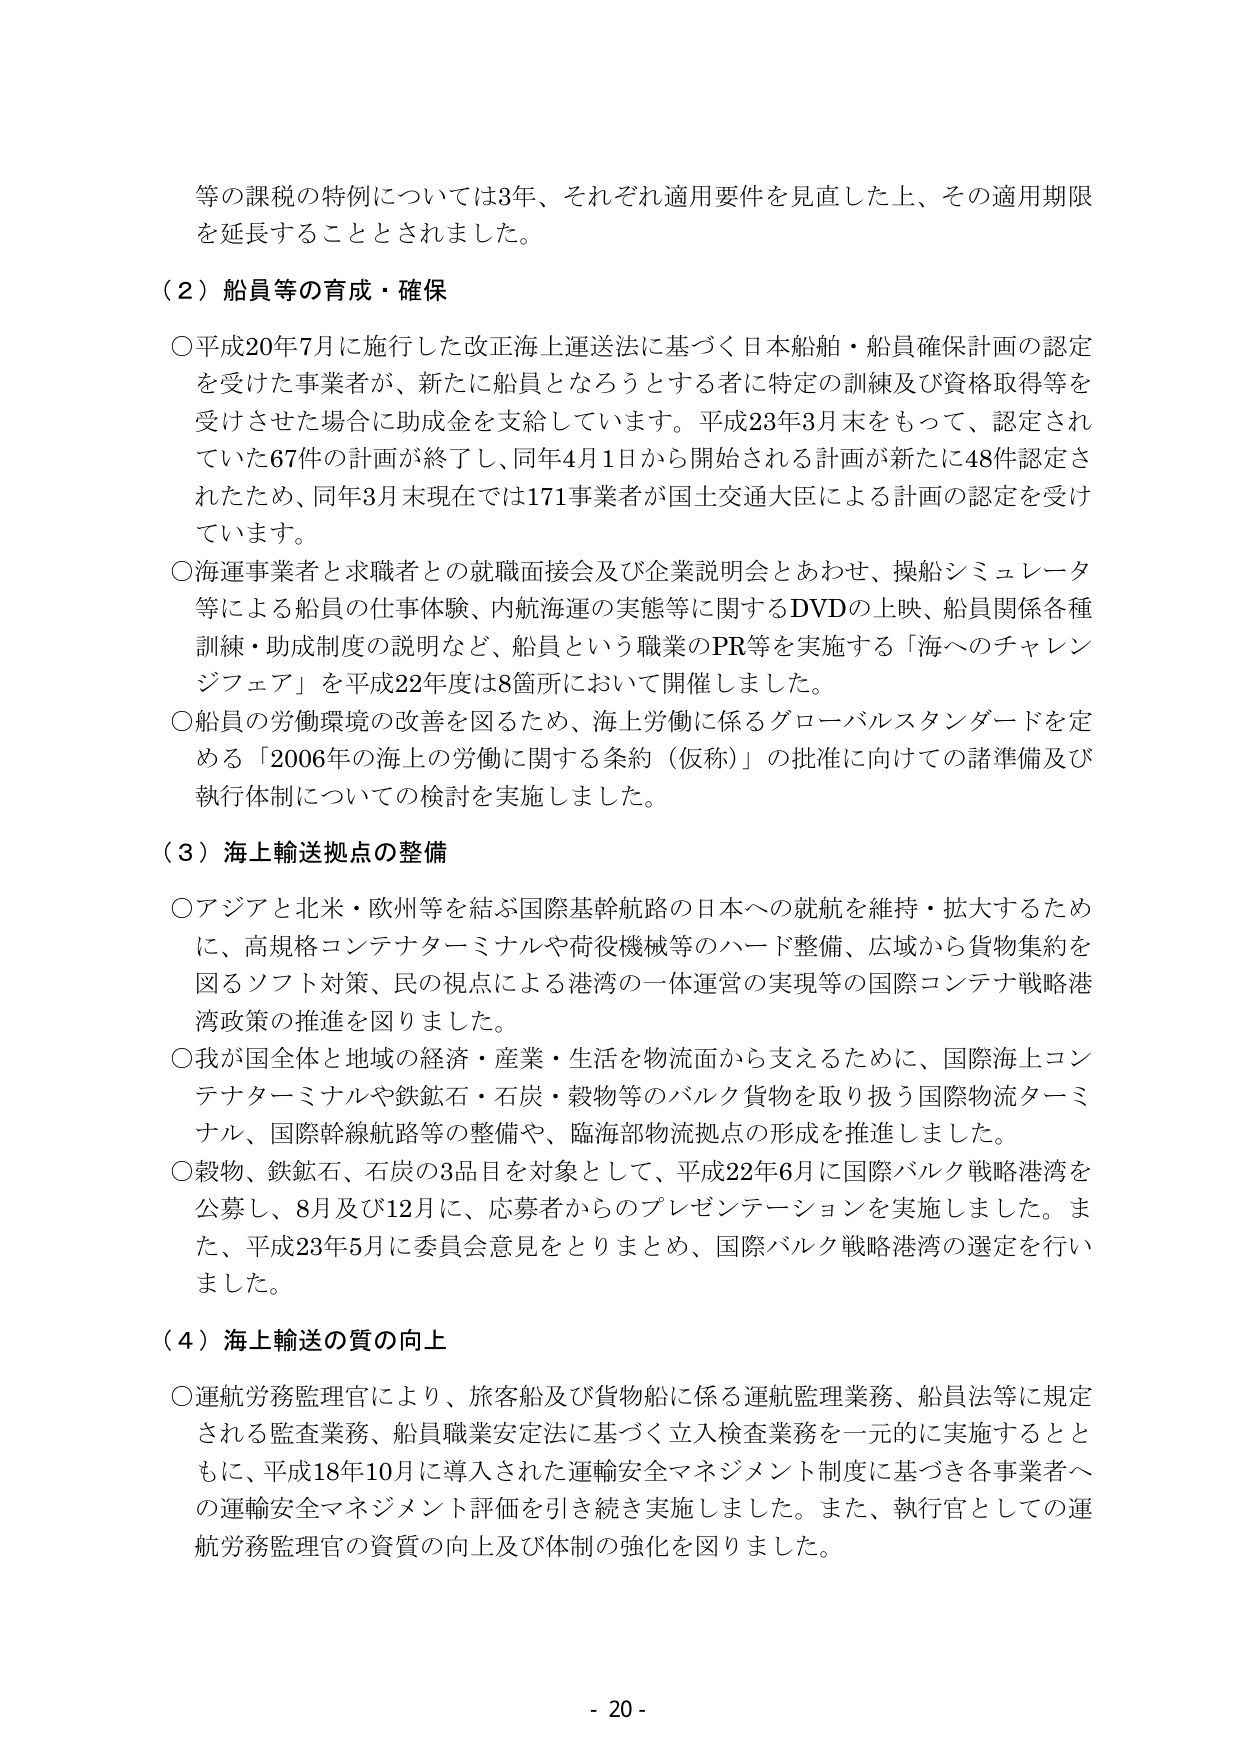
等の課税の特例については3年、それぞれ適用要件を見直した上、その適用期限を延長することとされました。

（２）船員等の育成・確保

○平成20年7月に施行した改正海上運送法に基づく日本船舶・船員確保計画の認定を受けた事業者が、新たに船員となろうとする者に特定の訓練及び資格取得等を受けさせた場合に助成金を支給しています。平成23年3月末をもって、認定されていた67件の計画が終了し、同年4月1日から開始される計画が新たに48件認定されたため、同年3月末現在では171事業者が国土交通大臣による計画の認定を受けています。

○海運事業者と求職者との就職面接会及び企業説明会とあわせ、操船シミュレータ等による船員の仕事体験、内航海運の実態等に関するDVDの上映、船員関係各種訓練・助成制度の説明など、船員という職業のPR等を実施する「海へのチャレンジフェア」を平成22年度は8箇所において開催しました。

○船員の労働環境の改善を図るため、海上労働に係るグローバルスタンダードを定める「2006年の海上の労働に関する条約（仮称）」の批准に向けての諸準備及び執行体制についての検討を実施しました。

（３）海上輸送拠点の整備

○アジアと北米・欧州等を結ぶ国際基幹航路の日本への就航を維持・拡大するために、高規格コンテナターミナルや荷役機械等のハード整備、広域から貨物集約を図るソフト対策、民の視点による港湾の一体運営の実現等の国際コンテナ戦略港湾政策の推進を図りました。

○我が国全体と地域の経済・産業・生活を物流面から支えるために、国際海上コンテナターミナルや鉄鉱石・石炭・穀物等のバルク貨物を取り扱う国際物流ターミナル、国際幹線航路等の整備や、臨海部物流拠点の形成を推進しました。

○穀物、鉄鉱石、石炭の3品目を対象として、平成22年6月に国際バルク戦略港湾を公募し、8月及び12月に、応募者からのプレゼンテーションを実施しました。また、平成23年5月に委員会意見をとりまとめ、国際バルク戦略港湾の選定を行いました。

（４）海上輸送の質の向上

○運航労務監理官により、旅客船及び貨物船に係る運航監理業務、船員法等に規定される監査業務、船員職業安定法に基づく立入検査業務を一元的に実施するとともに、平成18年10月に導入された運輸安全マネジメント制度に基づき各事業者への運輸安全マネジメント評価を引き続き実施しました。また、執行官としての運航労務監理官の資質の向上及び体制の強化を図りました。

- 20 -